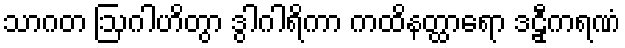
သာဂတ ဩဂါဟိတွာ ဒွါဂါရိကာ ကထိနတ္ထာရော ဒဠှီကရဏံ